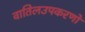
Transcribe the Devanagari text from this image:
वातिलउपकरणों